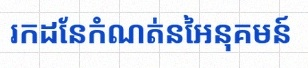
រកដែនកំណត់នៃអនុគមន៍